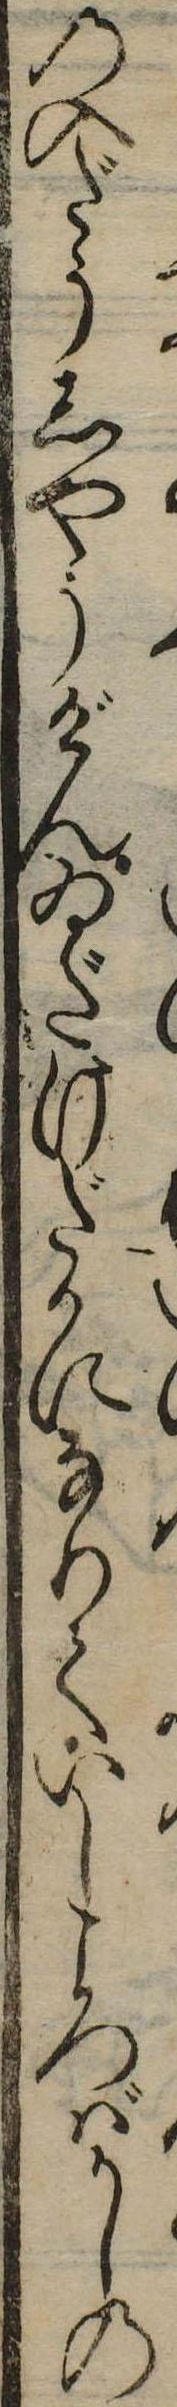
の入だうしやうげんゐだけだかになりていしころばかしの